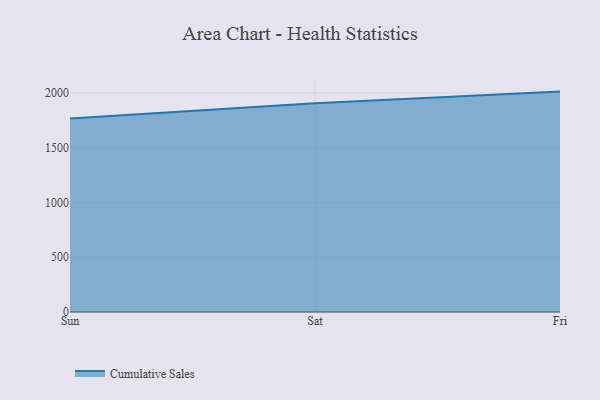
{"axis": {"x": "Day", "y": "Active Users"}, "legend": ["Cumulative Sales"], "data": [{"x": "Sun", "y": 1766.4, "type": "Cumulative Sales"}, {"x": "Sat", "y": 1905.0, "type": "Cumulative Sales"}, {"x": "Fri", "y": 2011.6, "type": "Cumulative Sales"}]}